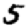
Digit: 5